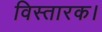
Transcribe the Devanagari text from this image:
विस्तारक।